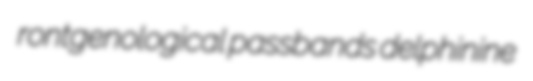
rontgenological passbands delphinine